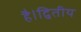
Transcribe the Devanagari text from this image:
है।द्वितीय